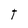
Character: t